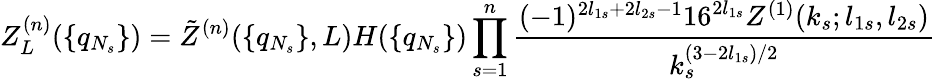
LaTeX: Z_{L}^{(n)}(\{ q_{N_{s}}\} )=\tilde{Z}^{(n)}(\{ q_{N_{s}}\} ,L)H(\{ q_{N_{s}}\} )\prod_{s=1}^{n}\frac{(-1)^{2l_{1s}+2l_{2s}-1}16^{2l_{1s}}Z^{(1)}(k_{s};l_{1s},l_{2s})}{k_{s}^{(3-2l_{1s})/2}}